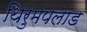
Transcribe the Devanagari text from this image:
थिरुमपलाड